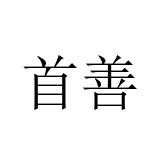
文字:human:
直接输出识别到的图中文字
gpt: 首善